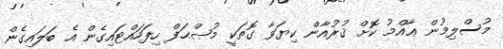
މުސްލިމުން ޢާއްމު ކޮށް ޤުރުއާން ކިޔަވާ ގޮތަކީ މުޞްޙަފް ހިފަހައްޓައިގެން އެ ބަލައިގެން